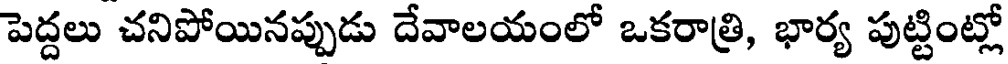
పెద్దలు చనిపోయినప్పుడు దేవాలయంలో ఒకరాత్రి, భార్య పుట్టింట్లో